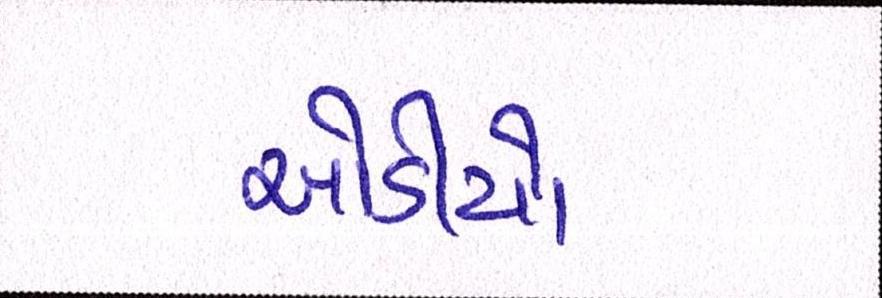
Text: ઓડીયો